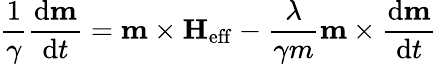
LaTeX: {\frac{1}{\gamma}}{\frac{\mathrm{{d}}\mathbf{m}}{\mathrm{{d}}t}}=\mathbf{m}\times\mathbf{H}_{\mathrm{eff}}-{\frac{\lambda}{\gamma m}}\mathbf{m}\times{\frac{\mathrm{{d}}\mathbf{m}}{\mathrm{{d}}t}}